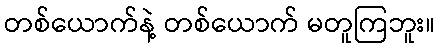
တစ်ယောက်နဲ့ တစ်ယောက် မတူကြဘူး။